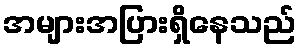
အများအပြားရှိနေသည်